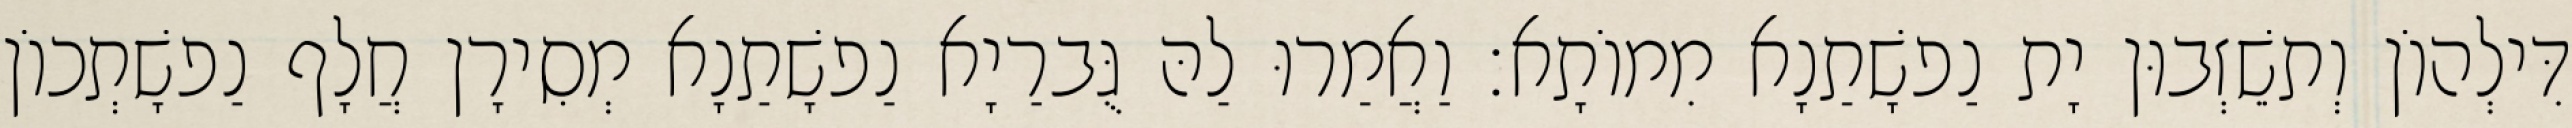
דִּילְהוֹן וְתשֵׁזְבוּן יָת נַפשָׁתַנָא מִמוֹתָא׃ וַאֲמַרוּ לַהּ גֻּברַיָא נַפשָׁתַנָא מְסִירָן חֲלָף נַפשָׁתְכוֹן